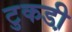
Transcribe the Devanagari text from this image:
टुकडी़